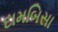
દામબિસા